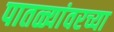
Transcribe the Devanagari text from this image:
पातळ्यांवरच्या